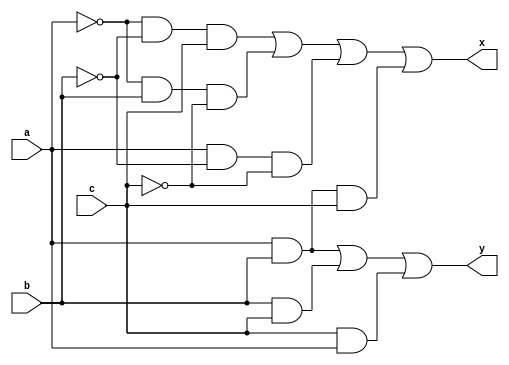
module fullAdder(x,y,a,b,c);
	output x,y;
	input a,b,c;
	assign x= ~a&~b&c | ~a&b&~c | a&~b&~c | a&b&c;
	assign y=a&b | b&c | c&a;
endmodule

module impand;
	reg a,b,c;
	wire x,y;
	fullAdder o(x,y,a,b,c);
	initial begin
		a=1'b0;b=1'b0;c=1'b0;
		#10
		a=1'b0;b=1'b0;c=1'b1;
		#10
		a=1'b0;b=1'b1;c=1'b0;
		#10
		a=1'b0;b=1'b1;c=1'b1;
		#10

		a=1'b1;b=1'b0;c=1'b0;
		#10
		a=1'b1;b=1'b0;c=1'b1;
		#10
		a=1'b1;b=1'b1;c=1'b0;
		#10
		a=1'b1;b=1'b1;c=1'b1;
	$finish;
	end

	initial begin 
	$monitor("a=%d,b=%d,Cin=%d,S=%d,Cout=%d\n",a,b,c,x,y);
	end 
endmodule